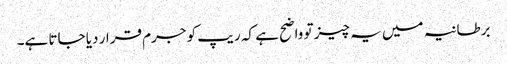
برطانیہ میں یہ چیز تو واضح ہے کہ ریپ کو جرم قرار دیا جاتا ہے۔